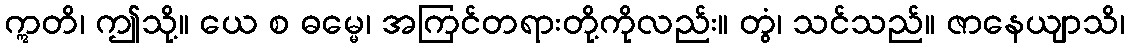
ဣတိ၊ ဤသို့။ ယေ စ ဓမ္မေ၊ အကြင်တရားတို့ကိုလည်း။ တွံ၊ သင်သည်။ ဇာနေယျာသိ၊